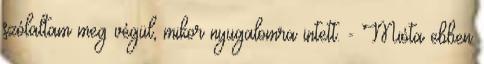
szólaltam meg végül, mikor nyugalomra intett. - Mióta ebben